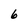
Character: 6